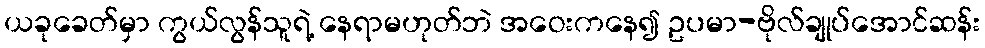
ယခုခေတ်မှာ ကွယ်လွန်သူရဲ့ နေရာမဟုတ်ဘဲ အဝေးကနေ၍ ဥပမာ-ဗိုလ်ချုပ်အောင်ဆန်း